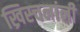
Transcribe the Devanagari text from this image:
ख्रिस्चनांनी